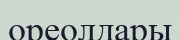
ореолдары